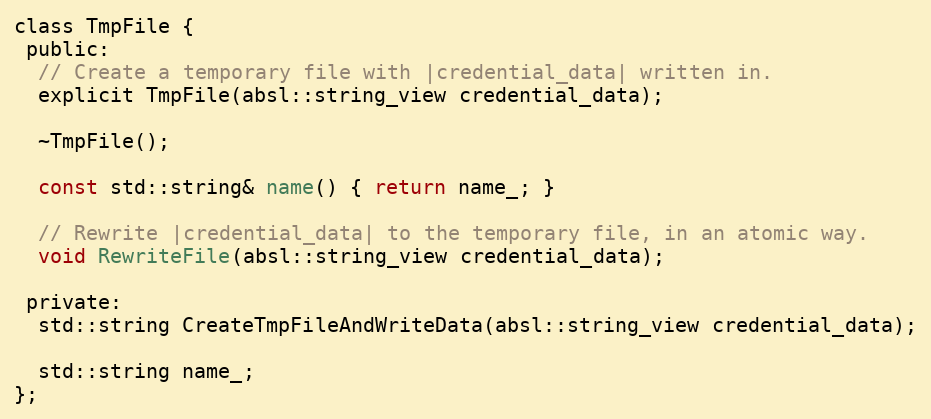
Language: C
class TmpFile {
 public:
  // Create a temporary file with |credential_data| written in.
  explicit TmpFile(absl::string_view credential_data);

  ~TmpFile();

  const std::string& name() { return name_; }

  // Rewrite |credential_data| to the temporary file, in an atomic way.
  void RewriteFile(absl::string_view credential_data);

 private:
  std::string CreateTmpFileAndWriteData(absl::string_view credential_data);

  std::string name_;
};